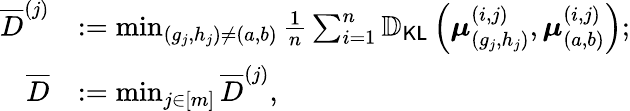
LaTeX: \begin{array}{rl}{\overline{{D}}^{(j)}}&{:=\operatorname*{min}_{(g_{j},h_{j})\neq(a,b)}\frac{1}{n}\sum_{i=1}^{n}\mathbb{D}_{\mathsf{KL}}\left(\boldsymbol{\mu}_{(g_{j},h_{j})}^{(i,j)},\boldsymbol{\mu}_{(a,b)}^{(i,j)}\right);}\\ {\overline{{D}}}&{:=\operatorname*{min}_{j\in[m]}\overline{{D}}^{(j)},}\end{array}